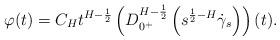
LaTeX: \begin{align*}\varphi(t) & =C_{H}t^{H-\frac{1}{2}}\left(D_{0^{+}}^{H-\frac{1}{2}}\left(s^{\frac{1}{2}-H}\dot{\gamma}_{s}\right)\right)(t).\end{align*}